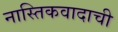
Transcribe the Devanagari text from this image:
नास्तिकवादाची